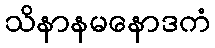
သိနာနမနောဒကံ